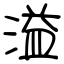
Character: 溢